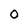
Character: 0